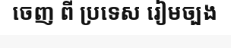
ចេញ ពី ប្រទេស រៀមច្បង